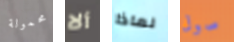
محمولة ألا لماذا صول